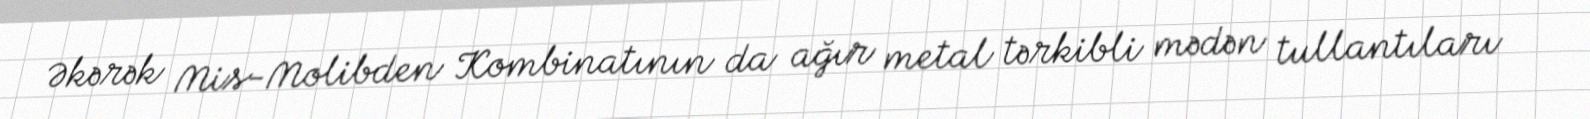
Əkərək Mis-Molibden Kombinatının da ağır metal tərkibli mədən tullantıları